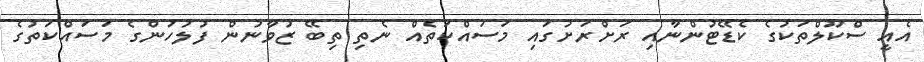
އެއީ ސްކޫލްތަކުގެ ކެޑޭޓުންނާއި ރަށްރަށުގައި މަސައްކަތެއް ނެތި ތިބޭ ޒުވާނުން ފުލުހުންގެ މަސައްކަތުގެ